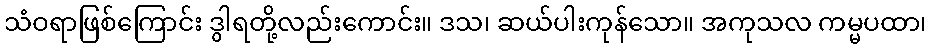
သံဝရာဖြစ်ကြောင်း ဒွါရတို့လည်းကောင်း။ ဒသ၊ ဆယ်ပါးကုန်သော။ အကုသလ ကမ္မပထာ၊